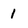
Character: 1